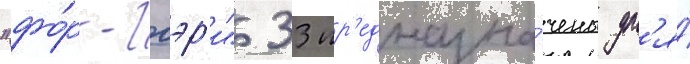
"фо́рт-гэр'и" 33 пр'едназна́чены дл'я́